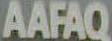
AAFAQ